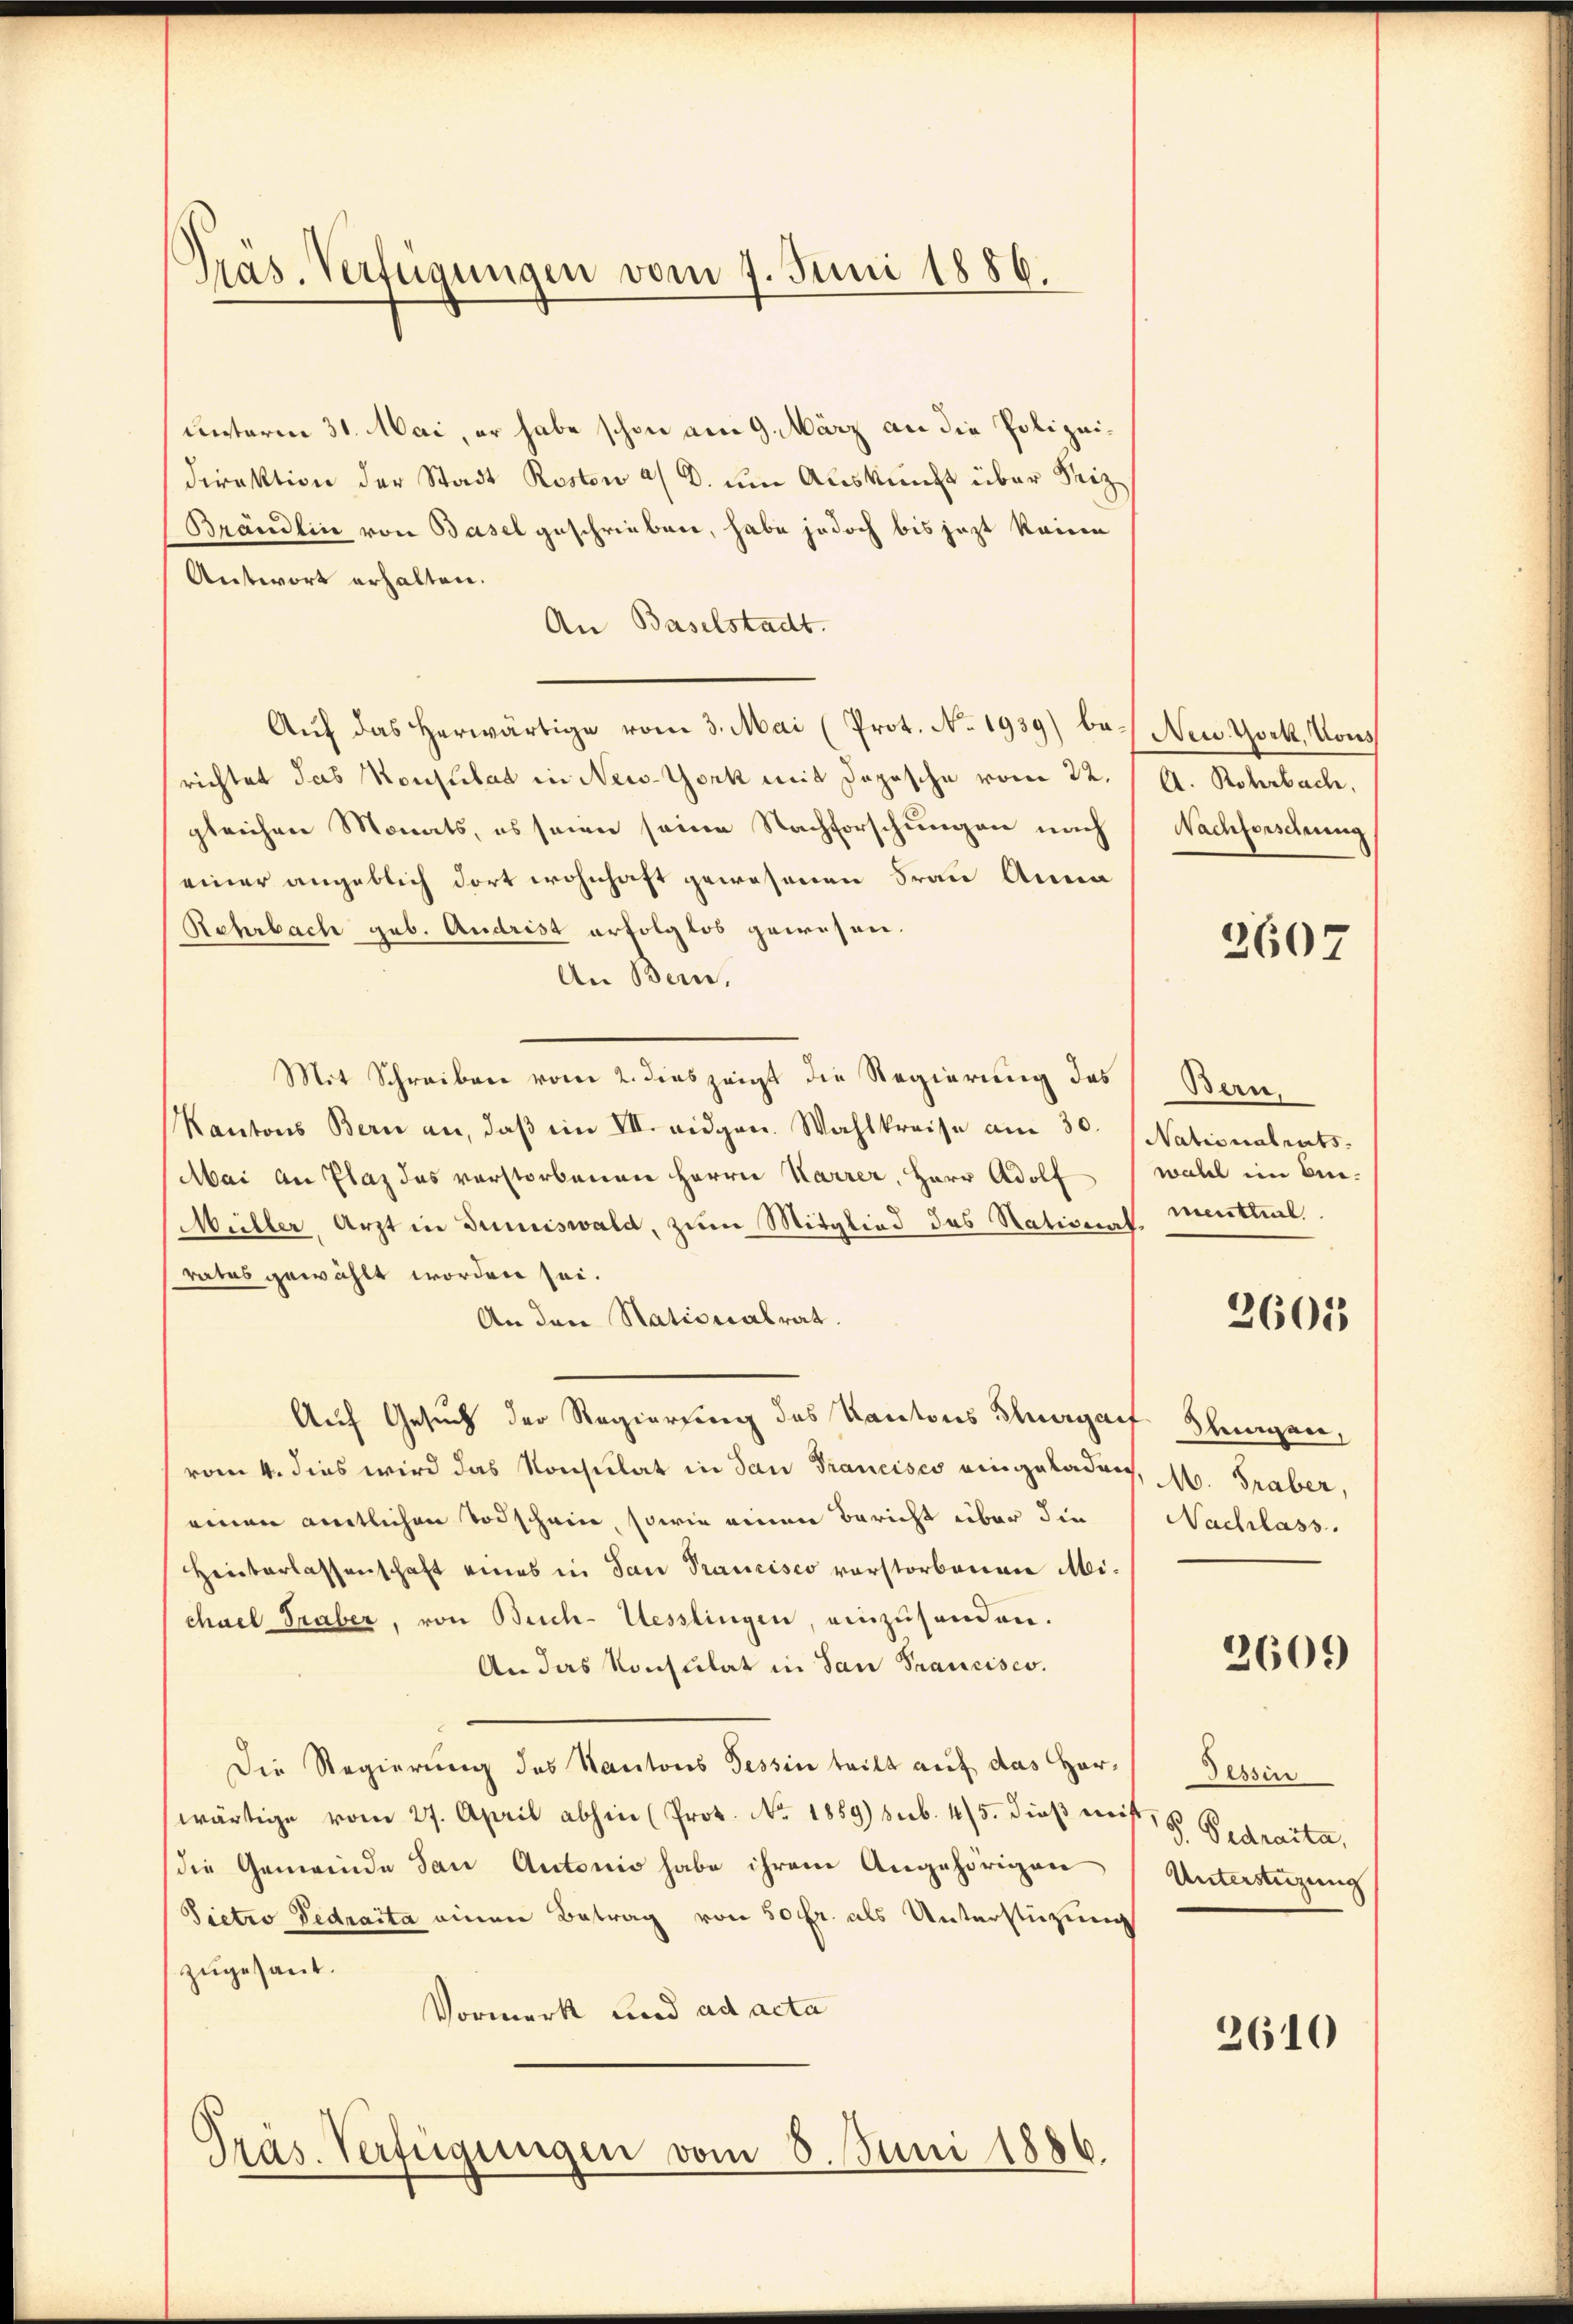
Präs. Verfügungen vom 7. Juni 1886.

unterm 31. Mai, er habe schon am 9. März an die Polizeidirektion der Stadt Roston a/d. um Auskunft über Seiz
Brändlin von Basel geschrieben, habe jedoch bis jezt keine
Antwort erhalten.
An Baselstadt.
Aŭf das herwärtige vom 3. Mai (Prot. No. 1939) be- New York, Kons
richtet das Konsulat in New-York mit Dopische vom 22.
gleichen Monats, es seien seine Nachforschungen nach
einer angeblich dort wohnhaft gewesenen Frau Anna
Rahrbach geb. Andrist erfolglos gewesen.
An Bern.
Mit Schreiben vom 2. dies zeigt die Regierung des
Kantons Bern an, daβ im VII. eidgen. Wahlkreise am 30.
Mai an Plaz das verstorbenen Herrn Karrer, Herr Adolf
Müller, Arzt in Sumiswald, zum Mitglied des Nativent meutterl
rates gewählt worden sei.
An den Nationalrat.
Auf Gesuch der Regierung des Kantons Thurgauf Steigen,
vom 4. dies wird das Konsulat in dan Francisco eingeladen, M. Graber,
einen amtlichen Todschein, sowie einen Bericht über die
Hinterlassenschaft eines in San Francisco vorstorbenen Michael Traber, von Buch-Uesslingen, einzusenden.
An das Konsulat in San Francisco.
Die Regierung des Kantons Tessin teilt auf das Herwärtige vom 27. April abhin (Prot. No. 1859) sub. 475. dieß meist, u. Bedraita,
die Gemeinde dan Antonio habe ihrem Angehörigen
Sietro Gedraita einen Betrag von 50 fr. als Unterstüzung
zugesant.
Vormerk und ad acta
Präs. Verfügungen vom 8. Juni 1886.

A. Rohrbach,
Nachforschung

2607

Bern.
Nationalents.
wahl im Bie¬

3605

Nachlass.

2609

Tessin
Unterstüzung

2610